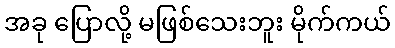
အခု ပြောလို့ မဖြစ်သေးဘူး မိုက်ကယ်